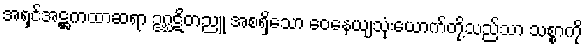
အရှင်အဋ္ဌကထာဆရာ ဥဂ္ဃဋိတညူ အစရှိသော ဝေနေယျသုံးယောက်တို့သည်သာ သစ္စာကို